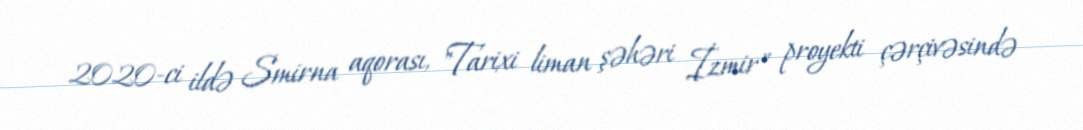
2020-ci ildə Smirna aqorası, "Tarixi liman şəhəri İzmir" proyekti çərçivəsində